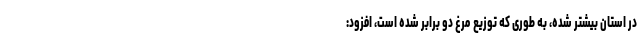
در استان بیشتر شده، به طوری که توزیع مرغ دو برابر شده است، افزود: